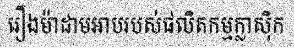
រឿងម៉ាដាមអាបរបស់ផលិតកម្មក្លាស៊ិក